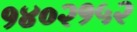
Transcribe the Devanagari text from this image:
१४०२१५२